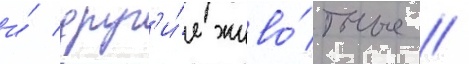
и́ друг'и́е живо́тные //